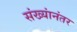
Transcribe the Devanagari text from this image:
संख्यांनंतर